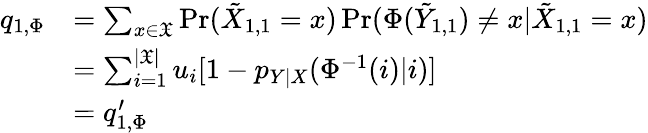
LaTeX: \begin{array}{rl}{q_{1,\Phi}}&{=\sum_{x\in\mathfrak{X}}\operatorname*{Pr}(\tilde{X}_{1,1}=x)\operatorname*{Pr}(\Phi(\tilde{Y}_{1,1})\neq x|\tilde{X}_{1,1}=x)}\\ &{=\sum_{i=1}^{|\mathfrak{X}|}u_{i}[1-p_{Y|X}(\Phi^{-1}(i)|i)]}\\ &{=q_{1,\Phi}^{\prime}}\end{array}